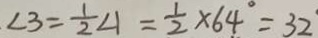
\angle 3 = \frac { 1 } { 2 } \angle 1 = \frac { 1 } { 2 } \times 6 4 ^ { \circ } = 3 2